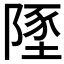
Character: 𨻐